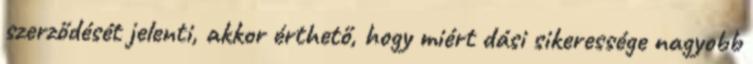
szerződését jelenti, akkor érthető, hogy miért dási sikeressége nagyobb